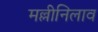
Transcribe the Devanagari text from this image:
मल्लीनिलाव